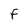
Character: F